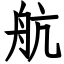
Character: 航